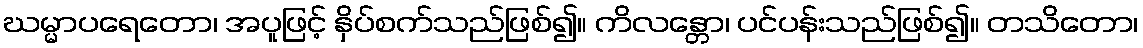
ဃမ္မာပရေတော၊ အပူဖြင့် နှိပ်စက်သည်ဖြစ်၍။ ကိလန္တော၊ ပင်ပန်းသည်ဖြစ်၍။ တသိတော၊